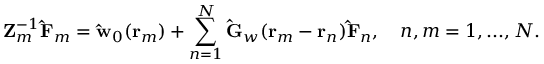
\mathbf { Z } _ { m } ^ { - 1 } \mathbf { \hat { F } } _ { m } = \mathbf { \hat { w } } _ { 0 } ( \mathbf { r } _ { m } ) + \sum _ { n = 1 } ^ { N } \mathbf { \hat { G } } _ { w } ( \mathbf { r } _ { m } - \mathbf { r } _ { n } ) \mathbf { \hat { F } } _ { n } , \quad n , m = 1 , . . . , N .